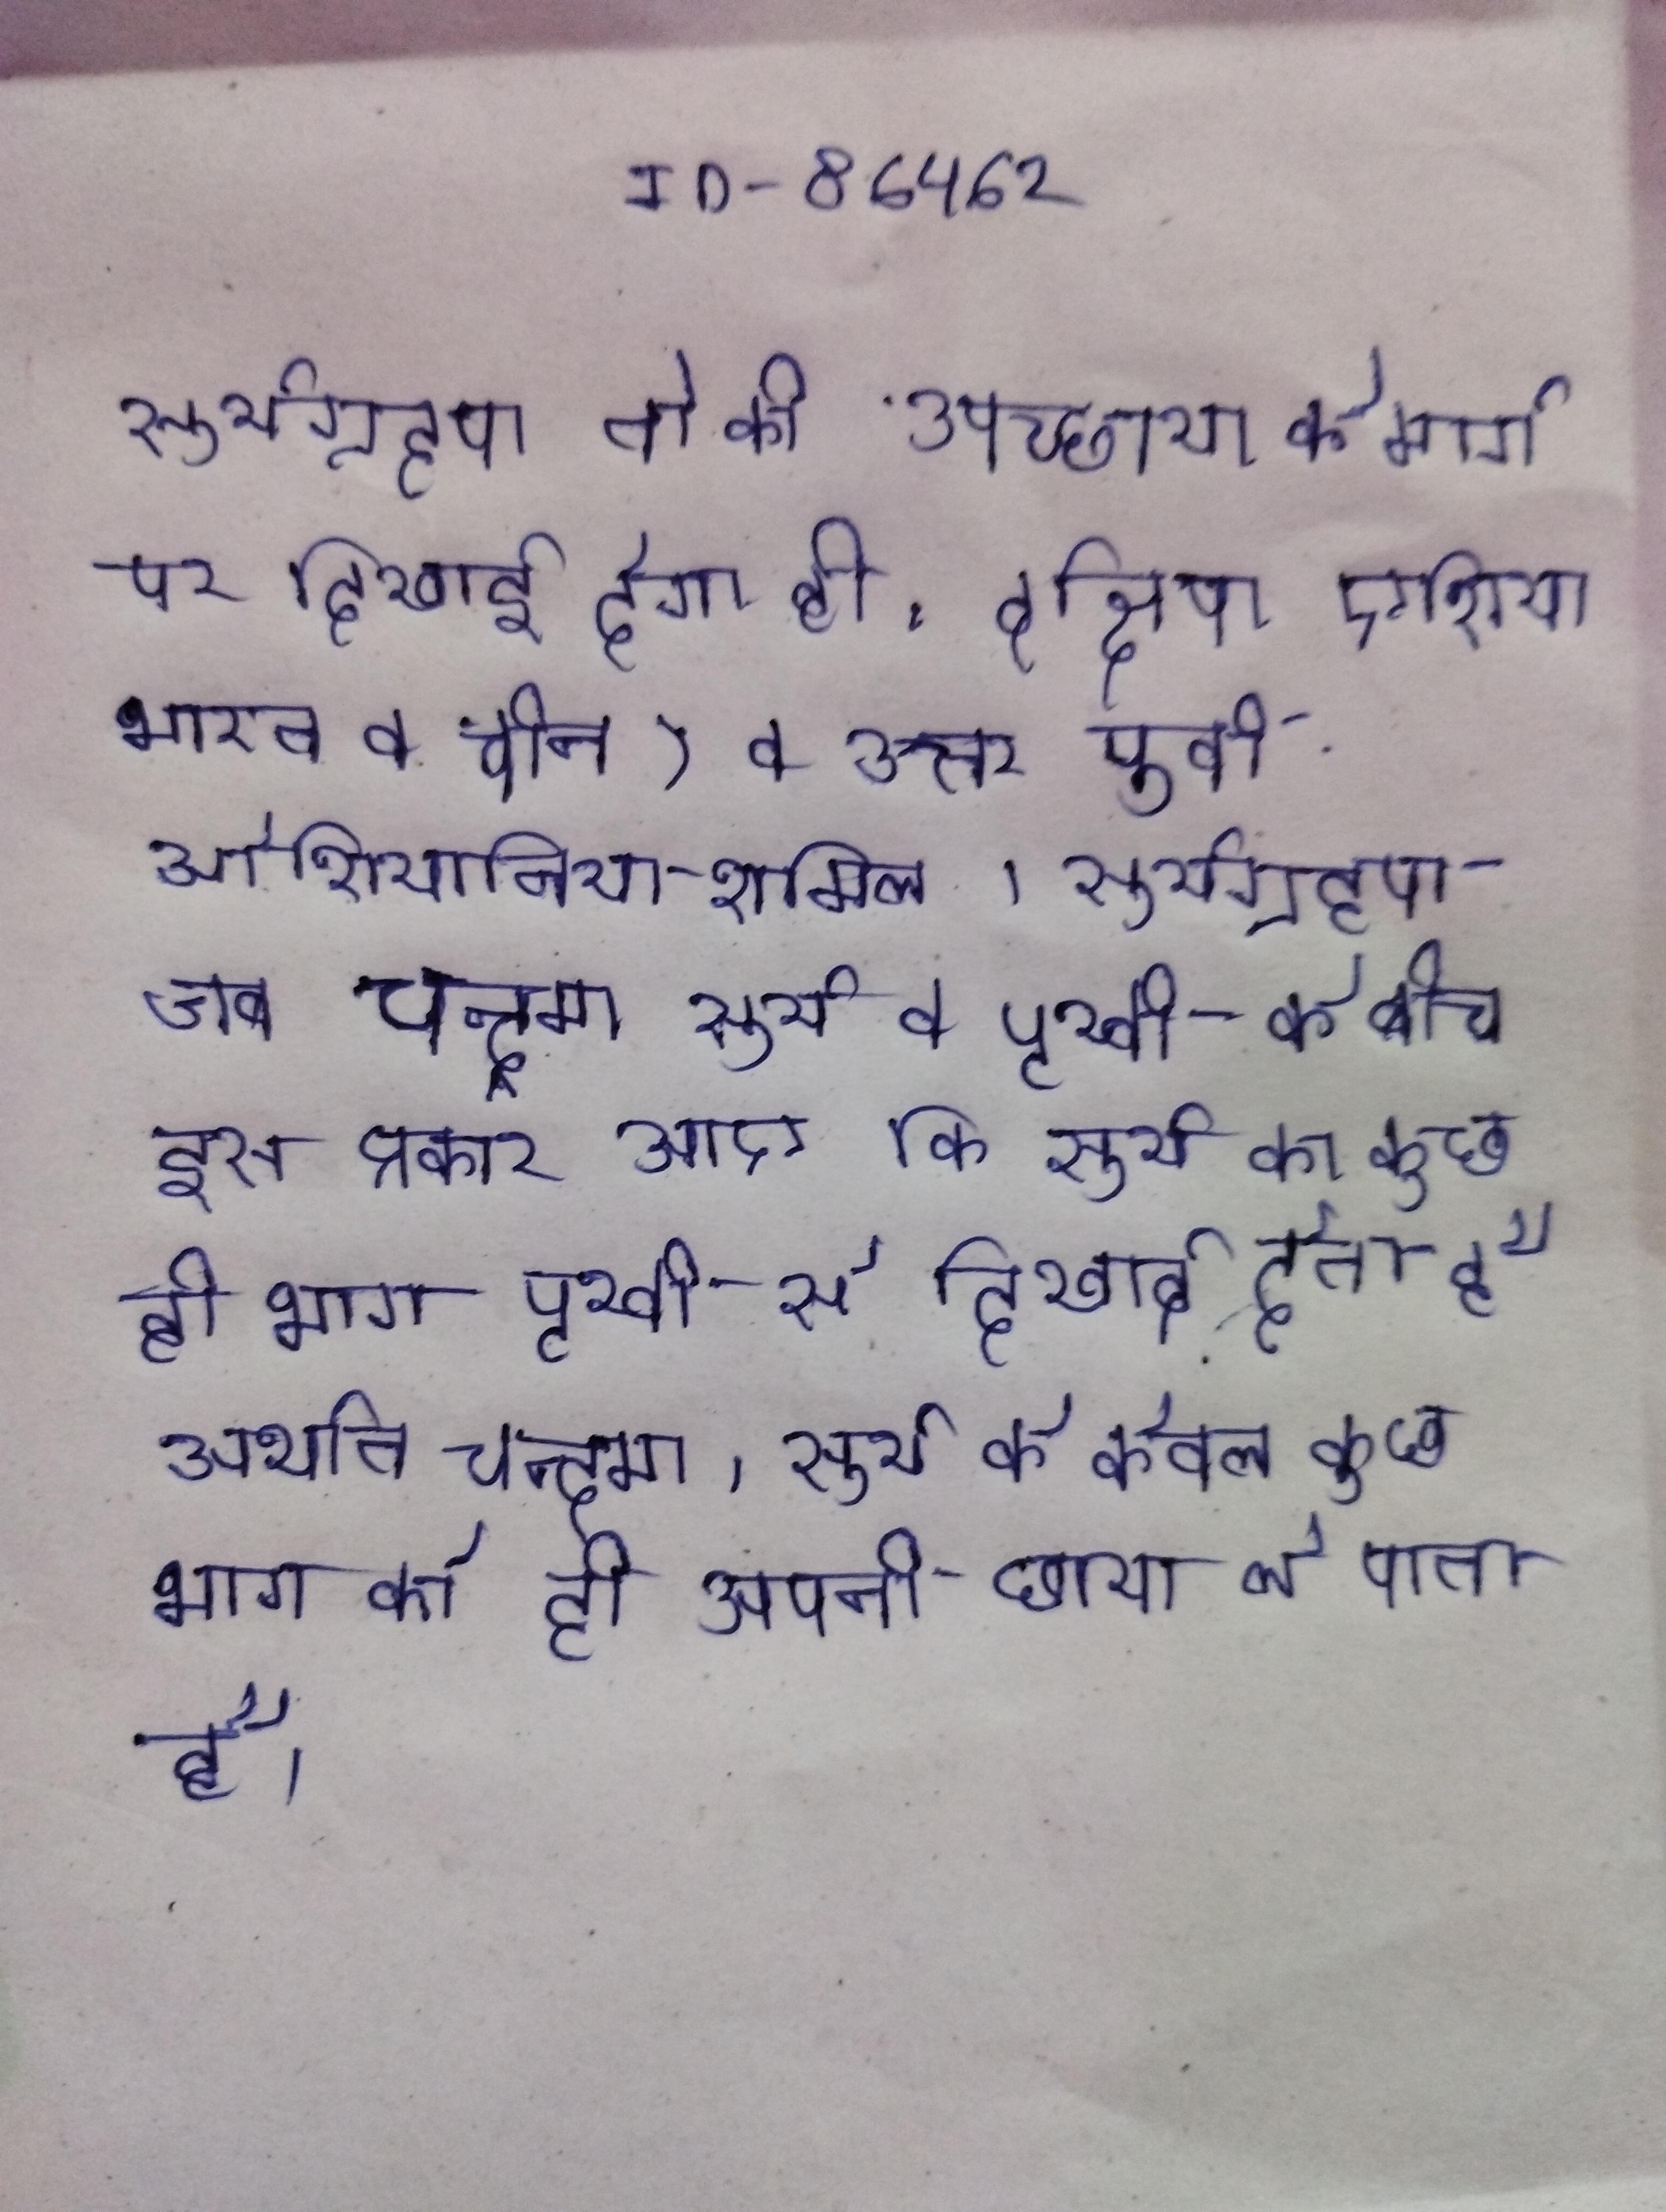
सूर्यग्रहण तो की उपच्छाया के मार्ग पर दिखाई देगा ही, दक्षिण एशिया भारत व चीन) व उत्तर पूर्वी ओशियानिया शामिल । सूर्यग्रहण जब चन्द्रमा सूर्य व पृथ्वी के बीच इस प्रकार आए कि सूर्य का कुछ ही भाग पृथ्वी से दिखाई देता है अर्थात चन्दमा, सूर्य के केवल कुछ भाग को ही अपनी छाया ले पाता है ।